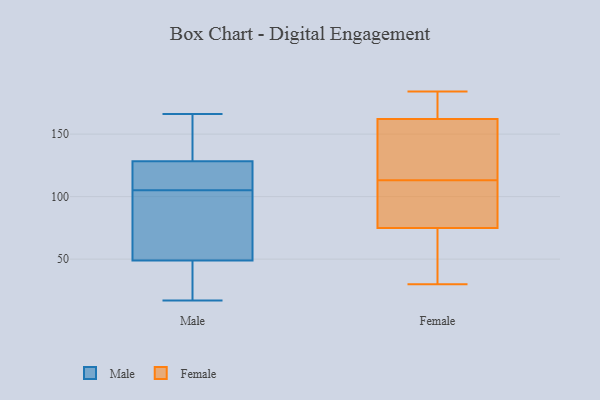
{"axis": {"x": "Satisfaction Score", "y": "Value"}, "legend": ["Female", "Male"], "data": [{"x": "", "y": 17, "type": "Male"}, {"x": "", "y": 153, "type": "Male"}, {"x": "", "y": 76, "type": "Male"}, {"x": "", "y": 40, "type": "Male"}, {"x": "", "y": 134, "type": "Male"}, {"x": "", "y": 32, "type": "Male"}, {"x": "", "y": 166, "type": "Male"}, {"x": "", "y": 25, "type": "Male"}, {"x": "", "y": 89, "type": "Male"}, {"x": "", "y": 89, "type": "Male"}, {"x": "", "y": 109, "type": "Male"}, {"x": "", "y": 117, "type": "Male"}, {"x": "", "y": 133, "type": "Male"}, {"x": "", "y": 86, "type": "Male"}, {"x": "", "y": 130, "type": "Male"}, {"x": "", "y": 37, "type": "Male"}, {"x": "", "y": 111, "type": "Male"}, {"x": "", "y": 105, "type": "Male"}, {"x": "", "y": 123, "type": "Male"}, {"x": "", "y": 121, "type": "Female"}, {"x": "", "y": 173, "type": "Female"}, {"x": "", "y": 184, "type": "Female"}, {"x": "", "y": 162, "type": "Female"}, {"x": "", "y": 75, "type": "Female"}, {"x": "", "y": 114, "type": "Female"}, {"x": "", "y": 30, "type": "Female"}, {"x": "", "y": 79, "type": "Female"}, {"x": "", "y": 74, "type": "Female"}, {"x": "", "y": 95, "type": "Female"}, {"x": "", "y": 112, "type": "Female"}, {"x": "", "y": 181, "type": "Female"}, {"x": "", "y": 71, "type": "Female"}, {"x": "", "y": 142, "type": "Female"}]}